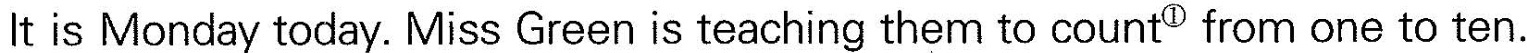
It is Monday today. Miss Green is teaching them to counto ^{①}from one to ten.